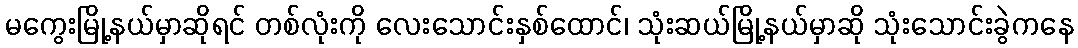
မကွေးမြို့နယ်မှာဆိုရင် တစ်လုံးကို လေးသောင်းနှစ်ထောင်၊ သုံးဆယ်မြို့နယ်မှာဆို သုံးသောင်းခွဲကနေ